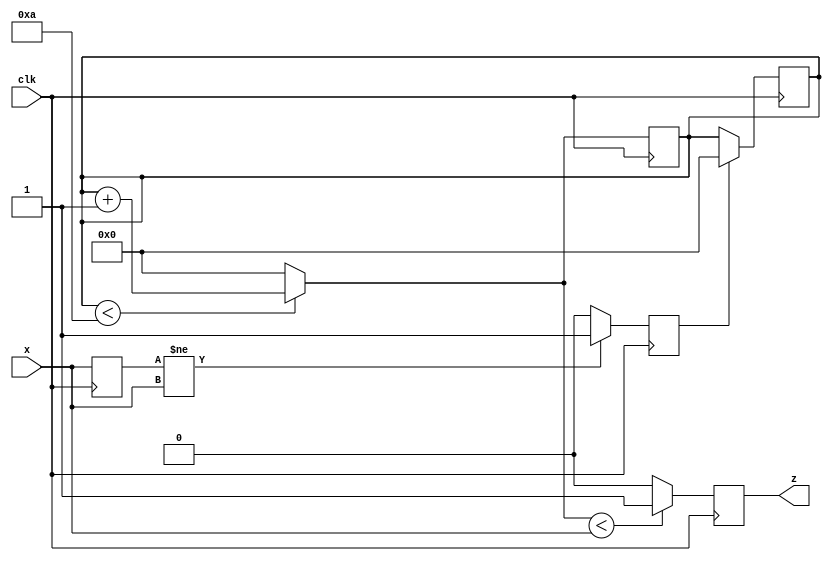
`timescale 1ns / 1ps
//////////////////////////////////////////////////////////////////////////////////
// Company: 
// Engineer: 
// 
// Design Name: 
// Module Name: pwm
// Project Name: 
// Target Devices: 
// Tool Versions: 
// Description: 
// 
// Dependencies: 
// 
// Revision:
// Revision 0.01 - File Created
// Additional Comments:
// 
//////////////////////////////////////////////////////////////////////////////////

module pwm(
    input clk,
  input [3:0] x,
    output reg z
    );
  reg [4:0] count=0;
    reg edge_flag=0;
  reg [3:0] xprev;

  always@(posedge clk)
    begin
      edge_flag=(xprev!=x)?1:0;
      xprev=x;
  	end
  always@ (posedge clk)
    begin
      if (edge_flag) 
        count<=0;
    end
  always@ (posedge clk)
    begin
      if (count<10) count=count+1;
      else count=0;
       
      z=(count<x)?1:0;
    end
endmodule